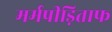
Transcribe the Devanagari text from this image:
मर्मपीड़िताफ